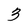
Character: 3